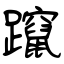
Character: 躥